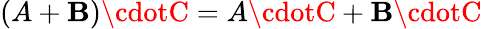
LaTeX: (A+\mathbf{B})\cdotC=A\cdotC+\mathbf{B}\cdotC